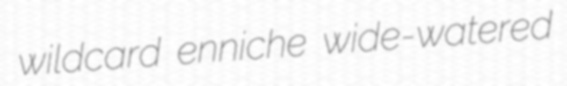
wildcard enniche wide-watered